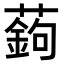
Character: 𦽋